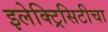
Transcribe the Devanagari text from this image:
इलेक्ट्रिसिटीचा